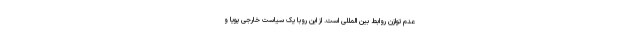
عدم توازن روابط بین المللی است. از این روبا یک سیاست خارجی پویا و